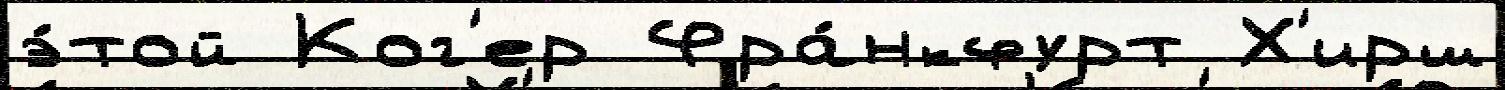
э́той Ког'ер Фра́нкфурт Х'ирш